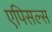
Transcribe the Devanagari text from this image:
एपिसल्स